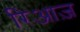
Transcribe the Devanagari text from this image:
रिआज़